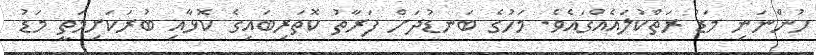
ހުންނަނި މަޑު ރަތްކުލައެއްގައެވެ. މަހުގެ ބަނޑުދަށް ފަރާތު ކޮތަރިބައިގެ ކޮޅާއި ބުރަކަށިމަތީ މަޑު